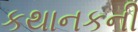
કથાનકની